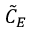
\tilde { C } _ { E }